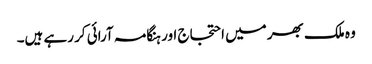
وہ ملک بھر میں احتجاج اور ہنگامہ آرائی کر رہے ہیں۔